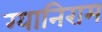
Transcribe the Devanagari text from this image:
ग्यानिराम